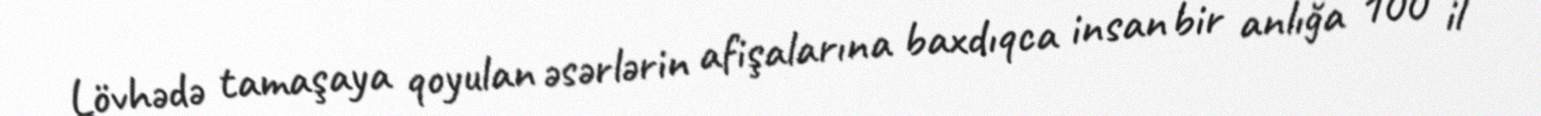
Lövhədə tamaşaya qoyulan əsərlərin afişalarına baxdıqca insan bir anlığa 100 il